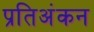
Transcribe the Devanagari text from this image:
प्रतिअंकन